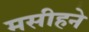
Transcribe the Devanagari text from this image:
मसीहने